Vital statistics of India. Vol. VI, European troops 1870-79
Year: 1870
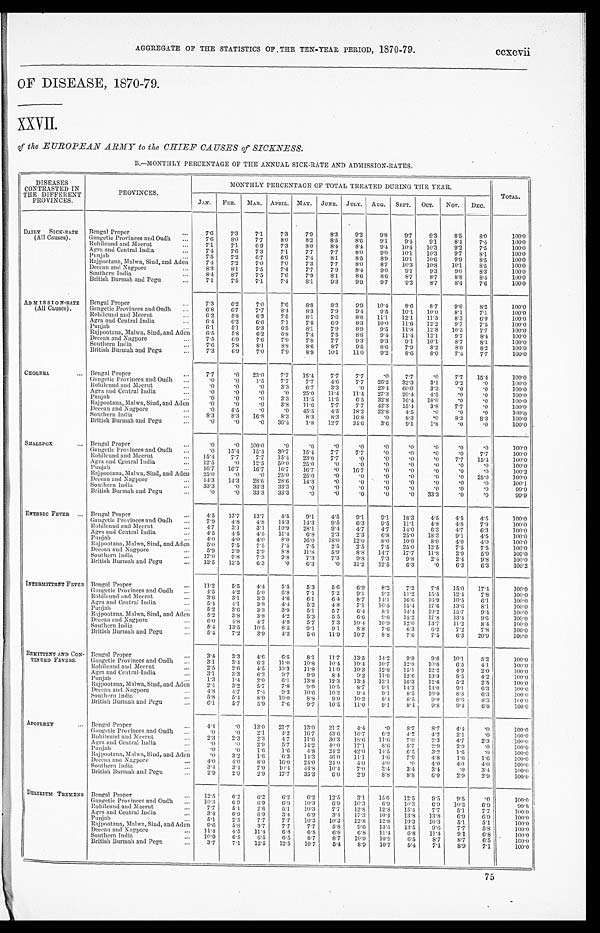
AGGREGATE OF THE STATISTICS OF THE TEN-YEAR PERIOD, 1870-79. ccxcvii.
OF DISEASE, 1870-79.
XXVII.
of the EUROPEAN ARMY to the CHIEF CAUSES of SICKNESS.
B.—MONTHLY PERCENTAGE OF THE ANNUAL SICK-RATE AND ADMISSION-RATES.
DISEASES
CONTRASTED IN
THE DIFFERENT
PROVINCES.
PROVINCES.
MONTHLY PERCENTAGE OF TOTAL TREATED DURING THE YEAR.
TOTAL.
JAN. FEB. MAR.
APRIL. MAY. JUNE. JULY. AUG. SEPT. OCT. NOV.
DEC.
DAILY SICK-RATE
(All Causes).
Bengal Proper
...
7.6
7.3
7.1
7.3
7.9
8.3
9.2
9. 8
9.7
9 . 3
8.5
8.0
100.0
Gangetic Provinces and Oudh ...
7.6
8.0
7.7
8.0
8.2
8.5
8.6
9.1
9.4
9.1
8.4
7.4
100.0
Rohilcund and Meerut
...
7.1
7.1
6.9
7.3
8.0
8.4
8.4
9. 4 10.4
10. 3
9.2
7.5
100.0
Agra and Central India
. . .
7.4
7.6
7.3
7.1
7.7
7.7
8.0
9.0
10.1
10. 3
9.7
8.1
100.0
Punjab
...
7.5
7.2
6.7
6.6
7.4
8.1
8.5
8.9 1 0 . 1
10. 6
9. 9
8.5
100.0
Rajpootana, Malwa, Sind, and Aden
7.4
7.2
7.0
7.0
7.3
7.7
8.0
8.7 1 0 . 3
10.8
10.1
8.5
100.0
Deccan and Nagpore
...
8.3
8.1
7.5
7.4
7.7
7.9
8.4
9. 0
9.1
9.3
9.0
8.3
100.0
Southern India
...
8.4
8.7
7.5
7.6
7.9
8.1
8.6
8.6
8.7
8 . 7
8.8
8.4
100.0
British Burmah and Pegu
...
7.1
7.5
7.1
7.4
8.1
9 . 3 9.9
9. 7
9.2
8.7
8.4
7.6
100.0
ADMISSION-RATE
(All Causes).
Bengal Proper
...
7.3
6.2
7.0
7.6
8.8
8.3
9 . 9 10.4
8.6
8.7
9.0
8.2
100.0
Gangetic Provinces and Oudh ...
6.8
6.7
7.7
8.4
8.3
7 . 9 9.4
9.5 10.1 10.0
8.1
7.1
100.0
Rohilcund and Meerut
...
6.2
5.8
6.3
7.5
8.1
7.6
8.8 11.1
12.1
11.3
8.3
6.9
100.0
Agra and Central India
...
6 . 4 6.2
6.6
7.1
7.5
6.9
8.3 10.0 11.6 12.2
9.7
7.5
100.0
Punjab
...
6.1
5. 1
5.3
6.5
8. 1
7.9
8.9
9.5 11.8 12.8 10.3
7.7
100.0
Rajpootana, Malwa, Sind, and Aden
6.5
5.8
6.2
6.8
7.4
7.5
8.8
9.4 11.4
12.1
9.7
8.4
100.0
Deccan and Nagpore
...
7.5
6.9
7.6
7.9
7.8
7.7
9 . 3 9.3
9.1 10.1
8.7
8.1
100.0
Southern India
...
7.6
7.8
8.1
8.8
8.6
8.7
9.5
8.6
7.9
8.2
8.0
8 . 2
100.0
British Burmah and Pegu
...
7.3
6.9
7.0
7.9
8.9
10.1
11.0
9. 2
8.6
8.0
7.4
7.7
100.0
CHOLERA
... Bengal Proper
...
7.7
.0 23.0
7.7 15.4
7.7
7.7
. 0 7.7
.0
7.7 15.4
100.0
Gangetic Provinces and Oudh
. . .
. 0
.0
1.5
7.7
7.7
4.6
7.7 26.2 32.3
3.1
9 . 2
. 0
100.0
Rohilcund and Meerut
...
. 0.0
.0
3.3
6 . 7
3.3
. 0
23.4 60.0
3.3
. 0
. 0
100.0
Agra and Central India
. . .
. 0.0
.0
. 0 25.0 11.4 11.4 27.3 20.4
4.5
. 0
. 0
100.0
Punjab
...
. 0
.0
.0
3.3 11.5 11.5
6.5 32.8 16.4
18.0
. 0
. 0
100.0
Rajpootana, Malwa, Sind, and Aden
. 0
.0
.0
3.8
11.6
7.7
7.7 42.3 15.4
3.8
7.7
. 0
100.0
Deccan and Nagpore
...
. 04.5
.0
. 0
45.5
4.5 18.2 22.8
4.5
.0
. 0
. 0
100.0
Southern India
...
8.3
8.3
16.8
8.3
8.3
8.3 16.8
.0
8.3
.0
8.3
8.3
100.0
British Burmah and Pegu
...
. 0.0
.0 36.4
1.8 12.7 34.6
3.6
9.1
1.8
. 0
. 0
100.0
SMALLPOX
... Bengal Proper
...
. 0
.0 100.0
. 0 .0
. 0
. 0
. 0 .0
.0
. 0
. 0
100.0
Gangetic Provinces and Oudh ...
. 0
15.4 15.4 30.7 15.4
7.7
7.7
. 0 .0
.0
. 0 7.7
100.0
Rohilcund and Meerut
... 15.4
7.7
7.7 15.4
23.0
7.7
. 0
. 0 .0
.0
7.7 15.4
100.0
Agra and Central India
...
12.5
.0 12.5 50.0 25.0
. 0
. 0
. 0 .0
.0
. 0
. 0
100.0
Punjab
. . .
16.7 16.7
16.7
16.7
16.7
. 0
16.7
. 0 .0
.0
. 0
. 0
100.2
Rajpootana, Malwa, Sind, and Aden
25.0
.0
.0 25.0 25.0
. 0
. 0
. 0 .0
.0
. 0
25.0
100.0
Deccan and Nagpore
...
14.3 14.3
28.6 28.6 14.3
. 0
. 0
. 0 .0
.0
. 0
. 0
100.1
Southern India
. . . 33.3
.0 33.3 33.3
.0
. 0
. 0
. 0 .0
.0
. 0
. 0
99.9
British Burmah and Pegu
...
. 0
.0 33.3 33.3
.0
. 0
. 0
. 0 .0 33.3
. 0
. 0
9 9 . 9
ENTERIC FEVER ... Bengal Proper
...
4.5 13.7 13.7
4.5
9.1
4.5
9.1
9.1
18.3
4.5
4.5
4.5
100.0
Gangetic Provinces and Oudh ...
7.9
4.8
4.8 14.3 14.3
9.5
6 . 3
9 . 5 11.1
4.8
4.8
7.9
100.0
Rohilcund and Meerut
. . . 4.7
3.1
3.1 10.9 28.1
9.4
4.7
4.7 14.0
6.3
4.7
6.3
100.0
Agra and Central India
...
4.5
4.5
4.5 11.4
6.8
2.3
2.3
6.8 25.0 18.3
9.1
4.5
100.0
Punjab
...
4.0
4.0
4.0
8.0 16.0
18.0 12.0
8.0 10.0
8.0
4.0
4.0
100.0
Rajpootana, Malwa, Sind, and Aden
5.0
7.5
7.5
7.5
7.5
2.5
2.5
7.5 25.0 12.5
7.5
7.5
100.0
Deccan and Nagpore
...
5.9
2.9
2.9
8.8
11.8
5.9
8.8 14.7 17.7 11.8
2.9
5.9
100.0
Southern India
. . . 17.0 9.8
7.3
9 . 8 7.3
7.3
9.8
7.3
9.8
2.4
2.4
9.8
100.0
British Burmah and Pegu
...
12.5
12.5
6.3
. 0
6.3
. 0
31.2 12.5
6. 3
.0
6.3
6 . 3
100.2
INTERMITTENT FEVER Bengal Proper
...
11.2
5.5
4.4
5.5
5.3
5.6
6.9
8.2
7.2
7.8 15.0 17.4
100.0
Gangetic Provinces and Oudh ...
4.5
4.2
5.0
6.8
7.1
7.2
9.1
9.2 11.2 15.5 12.4
7.8
100.0
Rohilcund and Meerut
...
3.6
3.1
3.3
4.6
6.1
6.4
8.7
1 4 . 1 16.6 16.9 10.5
6.1
100.0
Agra and Central India
...
5.4
4.1
3.8
4.4
5.2
4.8
7.1
10.5 15.4 17.6 13.6
8.1
100.0
Punjab
. . . 5.2
3.6
3.3
3.9
5.1
5.7
6.4
8.1
14.4 19.2 15.7
9.4
100.0
Rajpootana, Malwa, Sind, and Aden
5.2
3.8
3.8
4 . 2 5.3
5.5
6.6
9 . 6 15.2 17.8
13.4
9 . 6
100.0
Deccan and Nagpore
...
6 . 0 4.8
4.7
4 . 9 5.7
7.3 10.4 10.9 12.0 13.7 11.2
8.4
100.0
Southern India
...
5.4 13.5 10.5
8.5
9.1
9 . 1 8.8
7.6
6.3
6.2
7.2
7.8
100.0
British Burmah and Pegu
. . . 5.4
7.2
3.9
4.2
5.6 11.9 10.7
8.8
7.6
7.5
6 . 3 20.9
100.0
REMITTENT AND CON-
TINUED FEVERS.
Bengal Proper
...
3.4
3.3
4.6
6.5
8.1
11.7
13.5
14.2
9.8
9.6 10.1
5.2
100.0
Gangetic Provinces and Oudh ...
3.1
3.4
6.2 11.0
10.8 10.4 10.4 10.7
12.8 10.6
6.5
4.1
100.0
Rohilcund and Meerut
...
2.5
2.6
4.5 10.3
11.8 11.0
10.3
12.8 15.1
12.2
4.9
2.0
100.0
Agra and Central India
...
3.1
3.3
6.2
9 . 7 9.9
8.4
9.2 11.6 12.6 13.3
8.5
4.2
100.0
Punjab
...
1.3
1.4
2.0
6.1
13.8
12.3 13.4 13.1
16.3 12.6
5.2
2.5
100.0
Rajpootana, Malwa, Sind, and Aden
2.4
3.2
5.7
7.8
9.0 10.5
8.7
9 . 1 14.2 14.0
9.1
6.3
100.0
Deccan and Nagpore
. . .
4.8
4.7
7.4
9.3
10.6 10.2
9.4
9 . 1 8.5 10.9
8.8
6.3
100.0
Southern India
...
5.8
5.4
8.0 10.0
8.8
9.0 10.2
8.4
8.5
9.0
8.6
8.3
100.0
British Burmah and Pegu
. . .
6.1
5.7
5.9
7.6
9.7 10.5
11.0
9 . 1 8.4
9.8
9 . 4
6.8
100.0
APOPLEXY
... Bengal Proper
...
4.4.0 13.0 21.7 13.0 21.7
4.4
.0
8.7
8.7 4.4
.0
100.0
Gangetic Provinces and Oudh
. . .
.0
.0
2.1
4 . 2 16.7 43.6 16.7
6.2
4.2
4.2
2.1
.0
100.0
Rohilcund and Meerut
...
2.3
2.3
2.3
4.7 11.6 30.3
18.6 11.6
7.0
2.3
4.7
2.3
1 0 0 . 0
Agra and Central India
...
.0
. 0 2.9
5.7 14.2
4 0 . 0 17.1
8.6
5.7
2.9
2.9
.0
100.0
Punjab
...
.0
.0
1.6
1.6 4.8 24.2 42.0 14.5
6.5
3.2
1.6
.0
100.0
Rajpootana, Malwa, Sind, and Aden
.0
3.2
1.6
6.3 14.3 46.0 11.1
1.6
7.9
4.8
1.6
1.6
100.0
Deccan and Nagpore
...
4.0
4.0
8.0 16.0 24.0 24.0
4 . 0 4 . 0
.0
4.0
4.0
4.0
100.0
Southern India
. . .
3.4
3.4
7.0 10.4 44.8 10.4
7.0
3.4
3.4
3.4
. 0
3.4
100.0
British Burmah and Pegu
...
2.9
2.9
2.9 17.7
35.3
6 . 0 2.9
8.8
8.8
6.0
2.9
2.9
100.0
DELIRIUM TREMENS Bengal Proper
...
12.5
6.2
6.2
6.2
6.2 12.5
3.1
15.6 12.5
9.5
9.5
.0
100.0
Gangetic Provinces and Oudh ...
10.3
6.9
6.9
6.9 10.3
6.9 10.3
6.9
1 0 . 3 6.9
1 0 . 3 6.9
99.8
Rohilcund and Meerut
...
7.7
5.1
2.6
5.1
10.3
7.7
12.8 12.8 15.4
7.7
5.1
7.7
100.0
Agra and Central India
...
3.4
6.9
6.9
3.4
6.9
3.4 17.3
10.4 13.8 13.8
6.9
6.9
100.0
Punjab
...
5.1
2.5
7.7
7.7
10.3 10.3 12.8 12.8
10.3 10.3
5.1
5.1
100.0
Rajpootana, Malwa, Sind, and Aden
9.6
5.8
3.7
7.7
7.7
5.8
9.6 13.5
13.5
9.6
7.7
5.8
100.0
Deccan and Nagpore
...
11.4
4.5 11.4
6.8
6.8
6.8
6.8 11.4
6.8 11.4
9 . 1 6.8
100.0
Southern India
...
10.9
6.5
6.5
6.5
8.7
8.7 10.9 10.9
6.5
8.7
8.7
6.5
100.0
British Burmah and Pegu
...
3.7
7.1 12.5 12.5
10.7
5.4
8.9 10.7
5.4
7.1
8.9
7.1
100.0
75